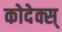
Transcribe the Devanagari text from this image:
कोदेक्स्